Annual administration report of the Civil Veterinary Department of India - 1897-1898
Year: 1897
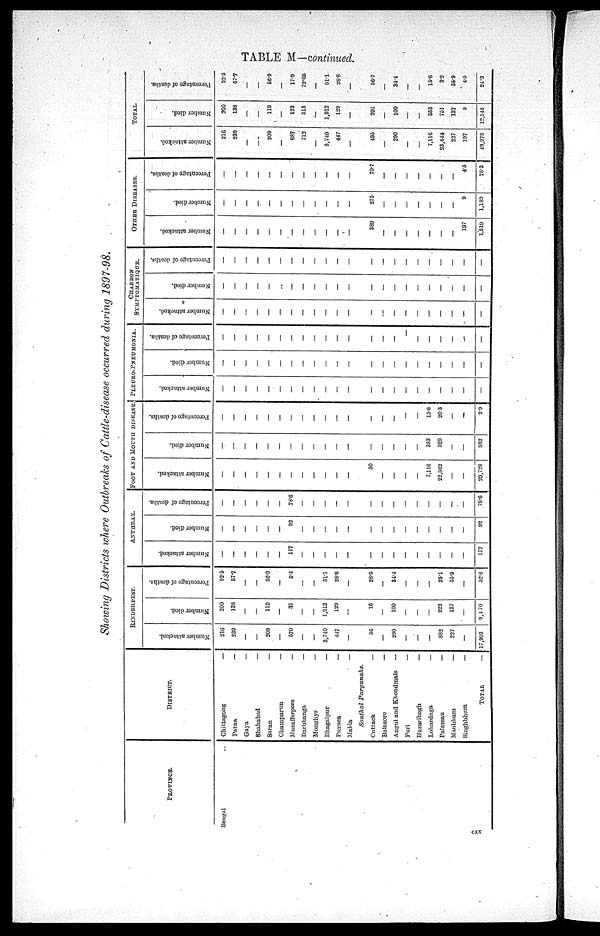
TABLE M—continued.
Showing Districts where Outbreaks of Cattle—disease occurred during 1897—98.
PROVINCE.
Bengal ..
DISTRICT.
Chittagong
—
Patna
—
Gaya
—
Shahabad
—
Saran
—
Champarun
—
Muzafferpore
—
Darbhanga
—
Monghyr
—
Bhagalpur
—
Purnea
—
Malda
—
Sonthal
Parganahs.
Cuttack
—
Balasore
—
Angul and Khondmals
—
Puri
—
Hazaribagh
—
Lohardaga
—
Palamau
—
Manbhum
—
Singhbhum
—
TOTAL
—
RINDERPEST.
Number attacked.
216
239
—
—
209
—
570
—
—
3,740
447
—
56
—
290
—
—
—
882
227
—
17,903
Number died.
200
138
—
—
119
—
31
—
—
1,912
129
—
16
—
100
—
—
—
222
137
—
9,470
Percentage of deaths.
92.5
57.7
—
—
56.9
—
5.4
—
—
51.1
28.8
—
28.5
—
34.4
—
—
—
25.1
55.9
—
52.8
ANTHRAX.
Number attacked.
—
—
—
—
—
—
117
—
—
—
—
—
—
—
—
—
—
—
—
—
—
117
Number died.
—
—
—
—
—
—
92
—
—
—
—
—
—
—
—
—
—
—
—
—
—
92
Percentage of deaths.
—
—
—
—
—
—
78.6
—
—
—
—
—
—
—
—
—
—
—
—
—
—
78.6
FOOT AND MOUTH DISEASE
Number attacked.
—
—
—
—
—
—
—
—
—
—
—
—
50
—
—
—
—
7,116
22,562
—
—
29,728
Number died.
—
—
—
—
—
—
—
—
—
—
—
—
—
—
—
—
—
353
529
—
—
882
Percentage of deaths.
—
—
—
—
—
—
—
—
—
—
—
—
—
—
—
—
—
15.6
20.3
—
—
2.9
PLEURO—PNEUMONIA.
Number attacked.
—
—
—
—
—
—
—
—
—
—
—
—
—
—
—
—
—
—
—
—
—
—
Number died.
—
—
—
—
—
—
—
—
—
—
—
—
—
—
—
—
—
—
—
—
—
—
Percentage of deaths.
—
—
—
—
—
—
—
—
—
—
—
—
—
—
—
—
—
—
—
—
—
CHARBON
SYMPTOMATIQUE.
Number attacked.
—
—
—
—
—
—
—
—
—
—
—
—
—
—
—
—
—
—
—
—
—
—
Number died.
—
—
—
—
—
—
—
—
—
—
—
—
—
—
—
—
—
—
—
—
—
Percentage of deaths.
—
—
—
—
—
—
—
—
—
—
—
—
—
—
—
—
—
—
—
—
—
OTHER DISEASES.
Number attacked.
—
—
—
—
—
—
—
—
—
—
—
—
389
—
—
—
—
—
—
—
197
1,519
Number died.
—
—
—
—
—
—
—
—
—
—
—
—
275
—
—
—
—
—
—
—
9
1,189
Percentage of deaths.
—
—
—
—
—
—
—
—
—
—
—
—
70.7
—
—
—
—
—
—
—
4.5
78.3
Number attacked.
216
239
—
—
209
—
687
712
—
3,740
447
—
495
—
290
—
—
7,116
23,444
227
197
49,979
TOTAL
Number died.
200
138
—
—
119
—
123
513
—
1,912
129
—
291
—
100
—
—
353
751
137
9
12,146
Percentage of deaths.
92.5
57.7
—
—
56.9
—
17.9
72.05
—
51.1
28.8
—
56.7
—
34.4
—
—
15.6
3.2
55.9
4.5
24.3
cxx